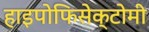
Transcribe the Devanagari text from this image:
हाइपोफिसेक्टोमी